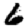
Digit: 6